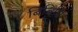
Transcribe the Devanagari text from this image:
बिबिसि